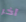
آخر